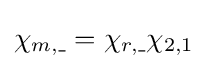
\chi _{m,\_}=\chi _{r,\_}\chi _{2,1}